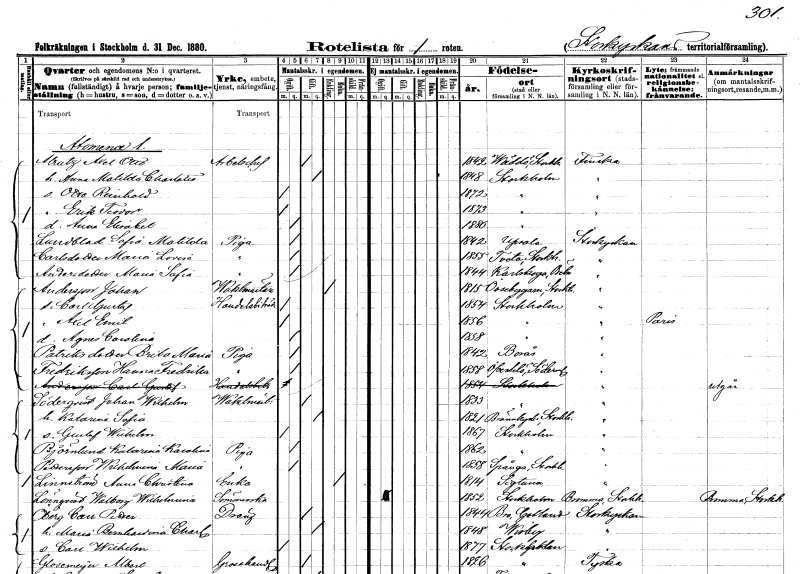
gt_parse: households: individuals: FN: Axel Otto
EN: Alratz
YRKE: Arbetschef
KON: M
CIV: G
FODAR: 1842
FODFORS: Väddö Stockholms län
FN: Anna Matilda Charlotta
KON: K
CIV: G
FODAR: 1848
FODFORS: Stockholm
FN: Otto Reinhold
KON: M
CIV: O
FODAR: 1872
FODFORS: Stockholm
FN: Erik Teodor
KON: M
CIV: O
FODAR: 1873
FODFORS: Stockholm
FN: Anna Elisabet
KON: K
CIV: O
FODAR: 1880
FODFORS: Stockholm
FN: Sofia Matilda
EN: Lundblad
YRKE: Piga
KON: K
CIV: O
FODAR: 1842
FODFORS: Uppsala Uppsala län
FN: Maria Lovisa
EN: Carlsdotter
YRKE: Piga
KON: K
CIV: O
FODAR: 1855
FODFORS: Tveta Stockholms län
FN: Maria Sofia
EN: Andersdotter
YRKE: Piga
KON: K
CIV: O
FODAR: 1844
FODFORS: Karlskoga Örebro län
FN: Johan
EN: Andersson
YRKE: Vaktmästare
KON: M
CIV: E
FODAR: 1815
FODFORS: Össeby-Garn Stockholms län
FN: Carl Gustaf
YRKE: Handelsbiträde
KON: M
CIV: O
FODAR: 1854
FODFORS: Stockholm
FN: Axel Emil
KON: M
CIV: O
FODAR: 1856
FODFORS: Stockholm
FN: Agnes Carolina
KON: K
CIV: O
FODAR: 1858
FODFORS: Stockholm
FN: Brita Maria
EN: Patriks
YRKE: Piga
KON: K
CIV: O
FODAR: 1842
FODFORS: Borås Älvsborgs län
FN: Hanna Fredrika
EN: Fredriksson
YRKE: Piga
KON: K
CIV: O
FODAR: 1858
FODFORS: Överselö Södermanlands län
FN: Carl Gustaf
EN: Andersson
YRKE: Handelsbiträde
KON: M
CIV: O
FODAR: 1854
FODFORS: Stockholm
FN: Johan Wilhelm
EN: Söderqvist
YRKE: Vaktmästare
KON: M
CIV: G
FODAR: 1833
FODFORS: Stockholm
FN: Katarina Sofia
KON: K
CIV: G
FODAR: 1821
FODFORS: Brännkyrka Stockholms län
FN: Gustaf Wilhelm
KON: M
CIV: O
FODAR: 1867
FODFORS: Stockholm
FN: Katarina Karolina
EN: Björnlund
YRKE: Piga
KON: K
CIV: O
FODAR: 1862
FODFORS: Stockholm
FN: Wilhelmina Maria
EN: Pettersson
YRKE: Piga
KON: K
CIV: O
FODAR: 1858
FODFORS: Spånga Stockholms län
FN: Anna Christia
EN: Linnström
YRKE: Änka
KON: K
CIV: E
FODAR: 1814
FODFORS: Sigtuna Stockholms län
FN: Anna Christina
EN: Lönnqvist
YRKE: Sömmerska
KON: K
CIV: O
FODAR: 1852
FODFORS: Stockholm